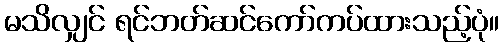
မသိလျှင် ရင်ဘတ်ဆင်ကော်ကပ်ထားသည့်ပုံ။